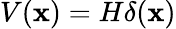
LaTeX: V(\mathbf{x})=H\delta(\mathbf{x})